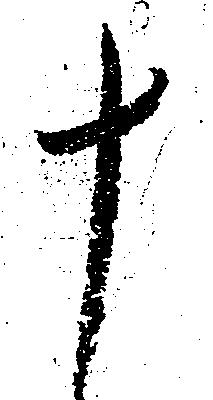
十